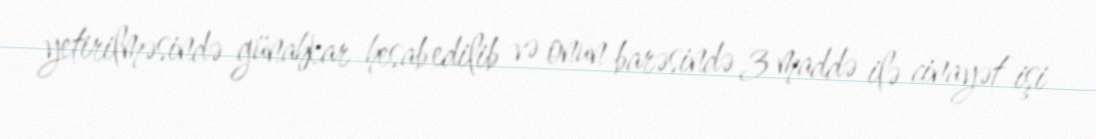
yetirilməsində günahkar hesab edilib və onun barəsində 3 maddə ilə cinayət işi